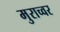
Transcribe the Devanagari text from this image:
मुराच्वर